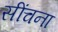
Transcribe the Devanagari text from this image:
सींचना